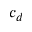
c _ { d }